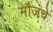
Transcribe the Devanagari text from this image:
मौजचे